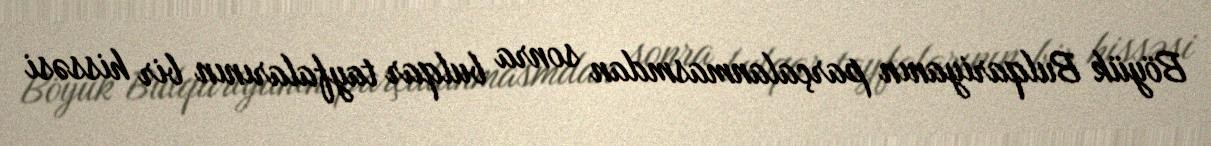
Böyük Bulqariyanın parçalanmasmdan sonra bulqar tayfalarının bir hissəsi